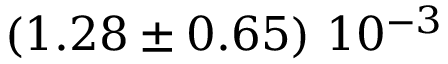
\left( 1 . 2 8 \pm 0 . 6 5 \right) \, 1 0 ^ { - 3 }